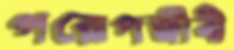
পরোপজীবী